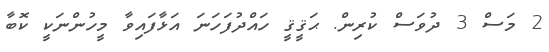
2 މަސް 3 ދުވަސް ކުރިން. ޙަޤީޤީ ހައްދުފަހަނަ އަޅާފައިވާ މީހުންނަކީ ކޮބާ